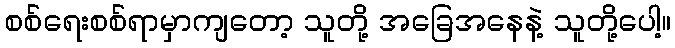
စစ်ရေးစစ်ရာမှာကျတော့ သူတို့ အခြေအနေနဲ့ သူတို့ပေါ့။